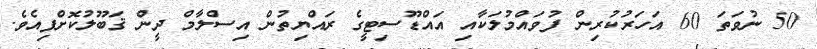
50 ނުވަތަ 60 އަހަރުކުރިން ފުވައްމުލަކާއި އައްޑޫސިޓީގެ ރައްޔިތުން އިސްލާމް ދީން ޤަބޫލުކޮށްފިއެވެ.